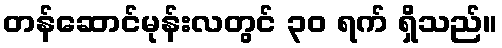
တန်ဆောင်မုန်းလတွင် ၃၀ ရက် ရှိသည်။